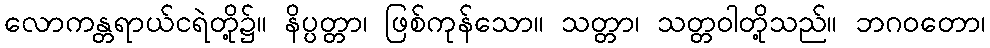
လောကန္တရာယ်ငရဲတို့၌။ နိပ္ပတ္တာ၊ ဖြစ်ကုန်သော။ သတ္တာ၊ သတ္တဝါတို့သည်။ ဘဂဝတော၊